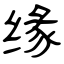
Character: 缘